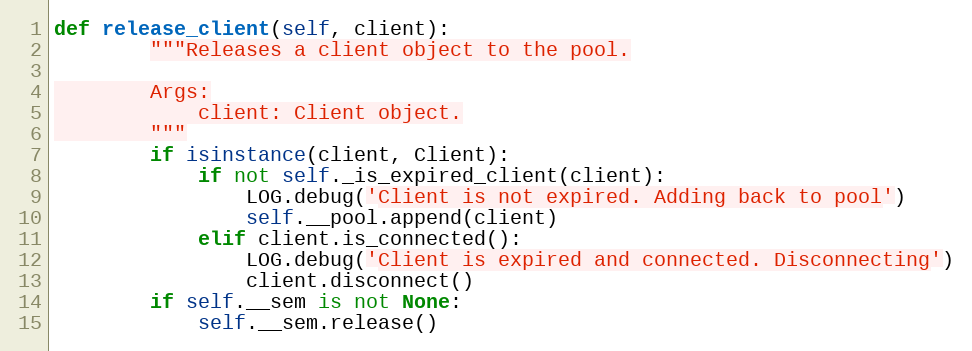
Language: Python
def release_client(self, client):
        """Releases a client object to the pool.

        Args:
            client: Client object.
        """
        if isinstance(client, Client):
            if not self._is_expired_client(client):
                LOG.debug('Client is not expired. Adding back to pool')
                self.__pool.append(client)
            elif client.is_connected():
                LOG.debug('Client is expired and connected. Disconnecting')
                client.disconnect()
        if self.__sem is not None:
            self.__sem.release()